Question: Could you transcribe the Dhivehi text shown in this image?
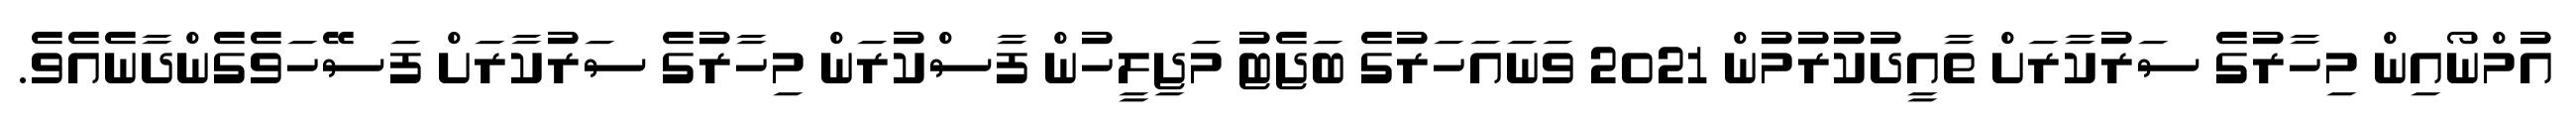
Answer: އުމްނޯއިން މިހާރުގެ ސަރުކާރަށް ތާއީދުކުރުމުން 2021 ވަނައަހަރުގެ ބަޖެޓު މަޖިލީހުން ފާސްކުރަން މިހާރުގެ ސަރުކާރަށް ފަސޭހަވެގެންދާނެއެވެ.